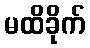
မထိခိုက်